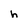
Character: h